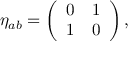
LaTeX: \eta _ { a b } = \left( \begin{array} { c c } { { 0 } } & { { 1 } } \\ { { 1 } } & { { 0 } } \end{array} \right) ,